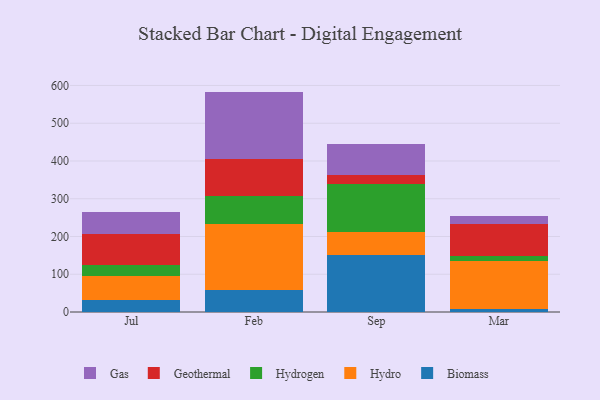
{"axis": {"x": "Month", "y": "Page Views"}, "legend": ["Biomass", "Gas", "Geothermal", "Hydro", "Hydrogen"], "data": [{"x": "Jul", "y": 32.5, "type": "Biomass"}, {"x": "Jul", "y": 63.8, "type": "Hydro"}, {"x": "Jul", "y": 28.6, "type": "Hydrogen"}, {"x": "Jul", "y": 82.1, "type": "Geothermal"}, {"x": "Jul", "y": 58.9, "type": "Gas"}, {"x": "Feb", "y": 57.4, "type": "Biomass"}, {"x": "Feb", "y": 176.3, "type": "Hydro"}, {"x": "Feb", "y": 74.4, "type": "Hydrogen"}, {"x": "Feb", "y": 97.1, "type": "Geothermal"}, {"x": "Feb", "y": 178.6, "type": "Gas"}, {"x": "Sep", "y": 150.8, "type": "Biomass"}, {"x": "Sep", "y": 62.0, "type": "Hydro"}, {"x": "Sep", "y": 125.7, "type": "Hydrogen"}, {"x": "Sep", "y": 24.6, "type": "Geothermal"}, {"x": "Sep", "y": 81.8, "type": "Gas"}, {"x": "Mar", "y": 7.9, "type": "Biomass"}, {"x": "Mar", "y": 127.5, "type": "Hydro"}, {"x": "Mar", "y": 14.2, "type": "Hydrogen"}, {"x": "Mar", "y": 83.9, "type": "Geothermal"}, {"x": "Mar", "y": 19.6, "type": "Gas"}]}